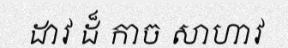
ដាវ ដ៏ កាច សាហាវ